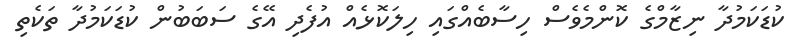
ކުޑަކަމުދާ ނިޒާމްގެ ކޮންމެވެސް ހިސާބެއްގައި ހިލަކޮޅެއް އުފެދި އޭގެ ސަބަބުން ކުޑަކަމުދާ ތަކެތި